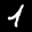
Label: 1